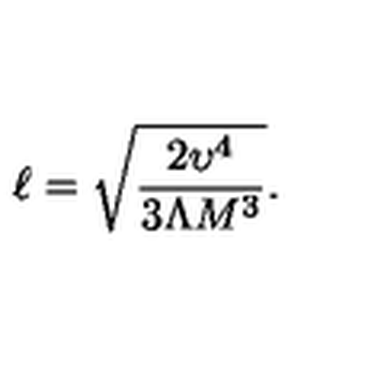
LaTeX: \ell = \sqrt { \frac { 2 \upsilon ^ { 4 } } { 3 \Lambda M ^ { 3 } } } .